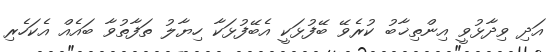
އަދި ވިދާޅުވީ އިންތިޚާބު ކުރެވޭ ބޭފުޅަކީ އެބޭފުޅަކާ ހިޔާލު ތަފާތުވާ ބައެއް އެކަހެރި